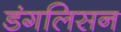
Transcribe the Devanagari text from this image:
डंगलिसन